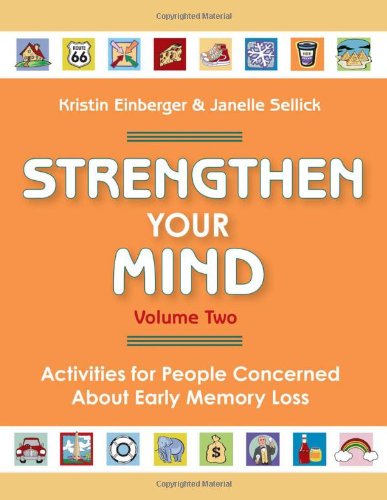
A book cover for Strengthen Your Mind; Kristin Einberger; Health, Fitness & Dieting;